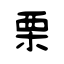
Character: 栗